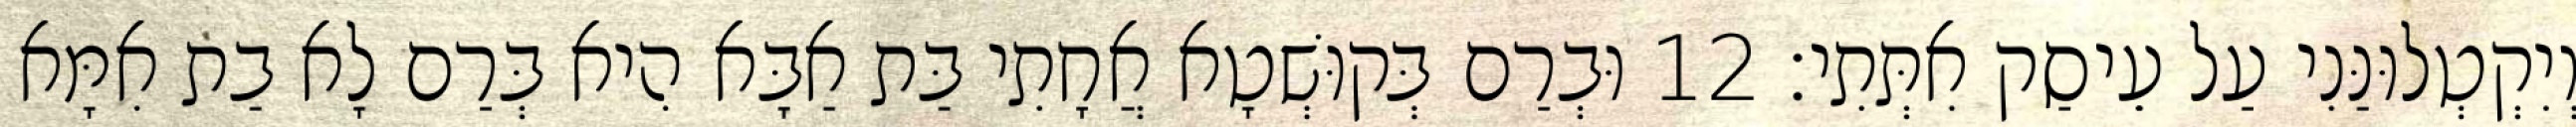
וְיִקְטְלוּנַּנִי עַל עֵיסַק אִתְּתִי׃ 12 וּבְרַם בְּקוּשְׁטָא אֲחָתִי בַּת אַבָּא הִיא בְּרַם לָא בַת אִמָּא